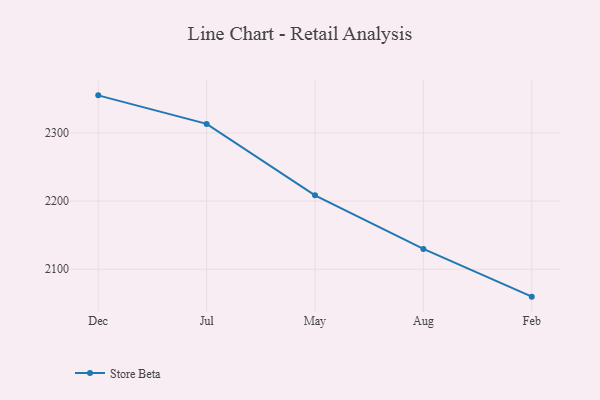
{"axis": {"x": "Month", "y": "Active Users"}, "legend": ["Store Beta"], "data": [{"x": "Dec", "y": 2355.3, "type": "Store Beta"}, {"x": "Jul", "y": 2313.4, "type": "Store Beta"}, {"x": "May", "y": 2208.5, "type": "Store Beta"}, {"x": "Aug", "y": 2129.9, "type": "Store Beta"}, {"x": "Feb", "y": 2059.8, "type": "Store Beta"}]}